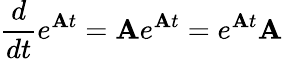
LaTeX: {\frac{d}{dt}}e^{\mathbf{A}t}=\mathbf{A}e^{\mathbf{A}t}=e^{\mathbf{A}t}\mathbf{A}